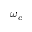
\omega _ { c }